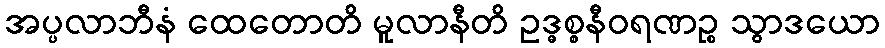
အပ္ပလာဘီနံ ထေတောတိ မူလာနီတိ ဥဒ္ဓစ္စနီဝရဏဉ္စ သွာဒယော